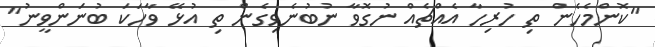
"ކޮންމެހެން ތި ހުރިހާ އެއްޗެއް ނުގޮވާ ނުބުނެވިގެން ތި އުޅޭ ވާހަކަ ބުނަންވީނު"